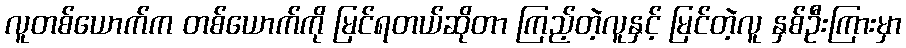
လူတစ်ယောက်က တစ်ယောက်ကို မြင်ရတယ်ဆိုတာ ကြည့်တဲ့လူနှင့် မြင်တဲ့လူ နှစ်ဦးကြားမှာ